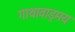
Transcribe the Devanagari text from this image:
गाथावाड्मय